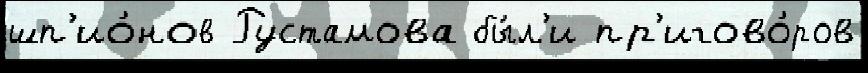
шп'ио́нов Рустамова бы́л'и пр'игово́ров